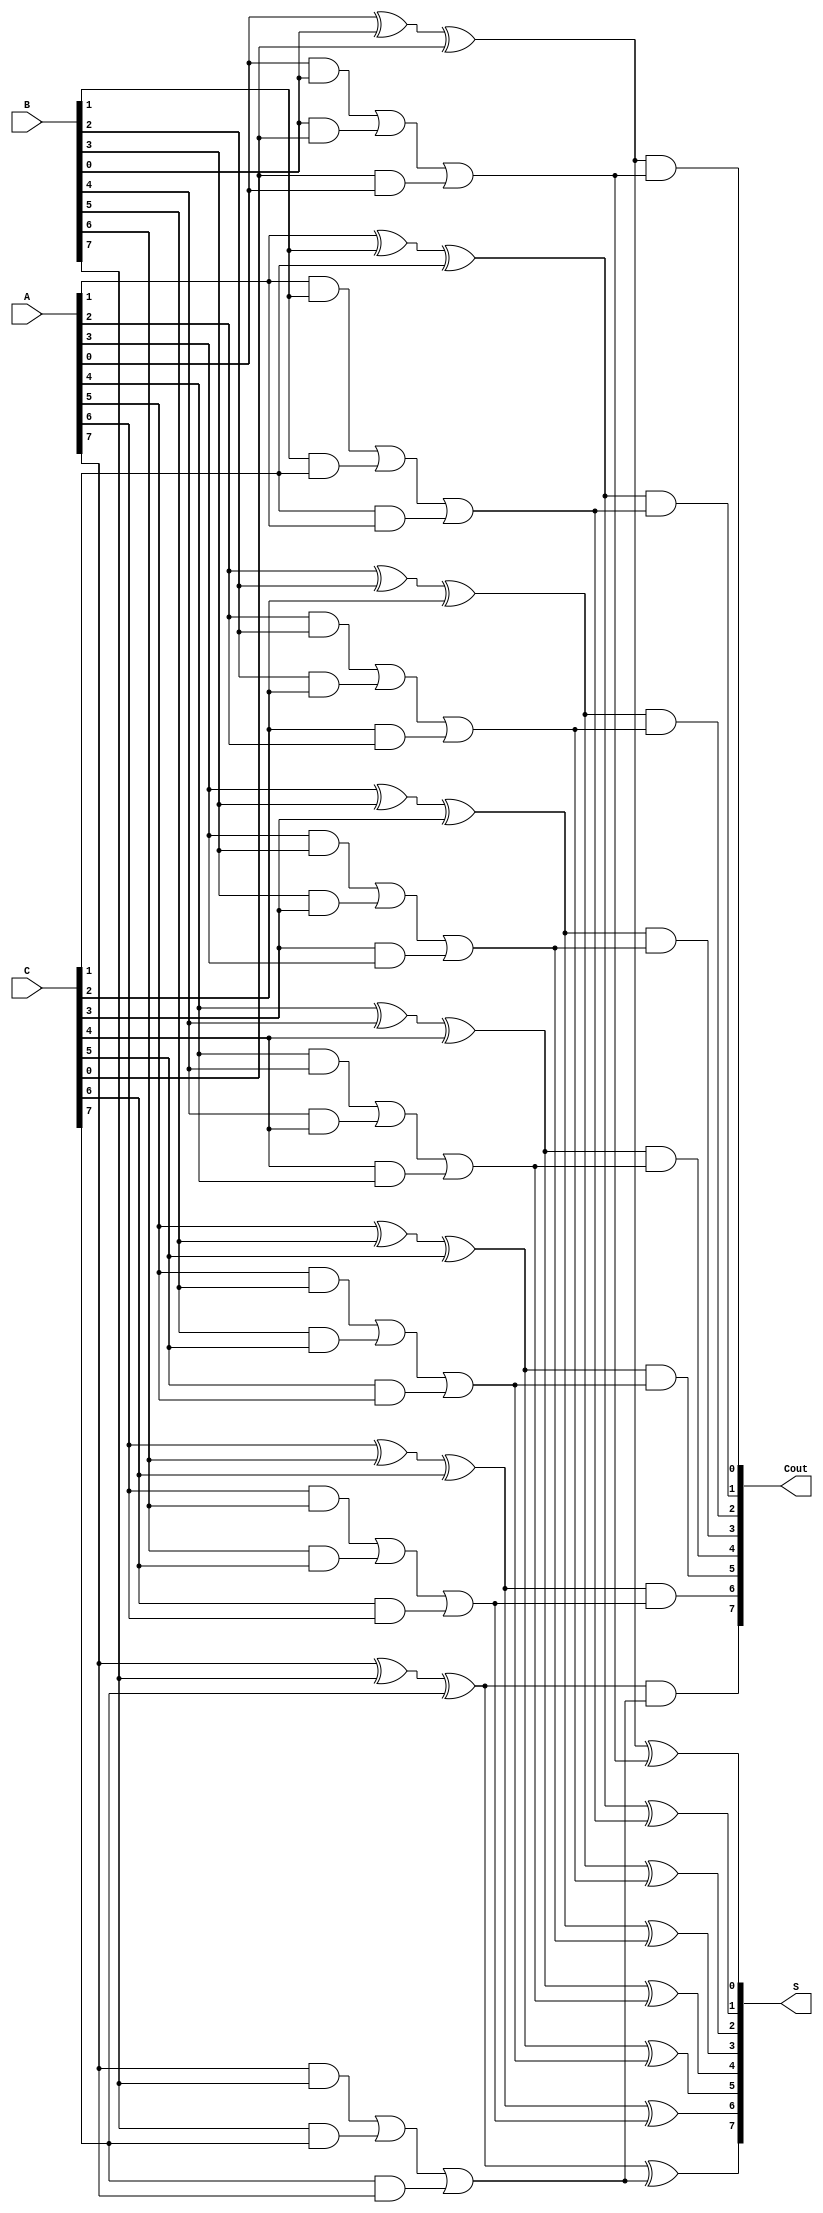
module carry_save_adder(
    input [N-1:0] A,       // First input
    input [N-1:0] B,       // Second input
    input [N-1:0] C,       // Third input
    output [N-1:0] S,      // Final sum output
    output [N-1:0] Cout     // Final carry output
);
    parameter N = 8; // Width of the inputs

    wire [N-1:0] sum1, carry1;
    wire [N-1:0] sum2, carry2;

    // First level of CSA
    generate
        genvar i;
        for (i = 0; i < N; i = i + 1) begin : CSA_level_1
            // Full adder for three inputs
            assign sum1[i] = A[i] ^ B[i] ^ C[i];
            assign carry1[i] = (A[i] & B[i]) | (B[i] & C[i]) | (C[i] & A[i]);
        end
    endgenerate

    // Second level of CSA
    generate
        for (i = 0; i < N; i = i + 1) begin : CSA_level_2
            // Full adder for three inputs
            assign sum2[i] = sum1[i] ^ carry1[i];
            assign carry2[i] = sum1[i] & carry1[i];
        end
    endgenerate

    // Final addition
    assign S = sum2; // Final sum output
    assign Cout = carry2; // Final carry output

endmodule